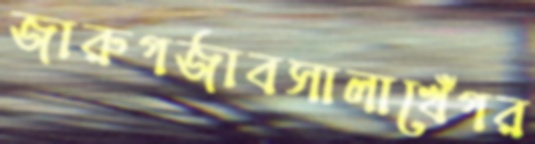
জারুগর্জাবসালাখেঁগর